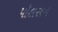
પૉલસન